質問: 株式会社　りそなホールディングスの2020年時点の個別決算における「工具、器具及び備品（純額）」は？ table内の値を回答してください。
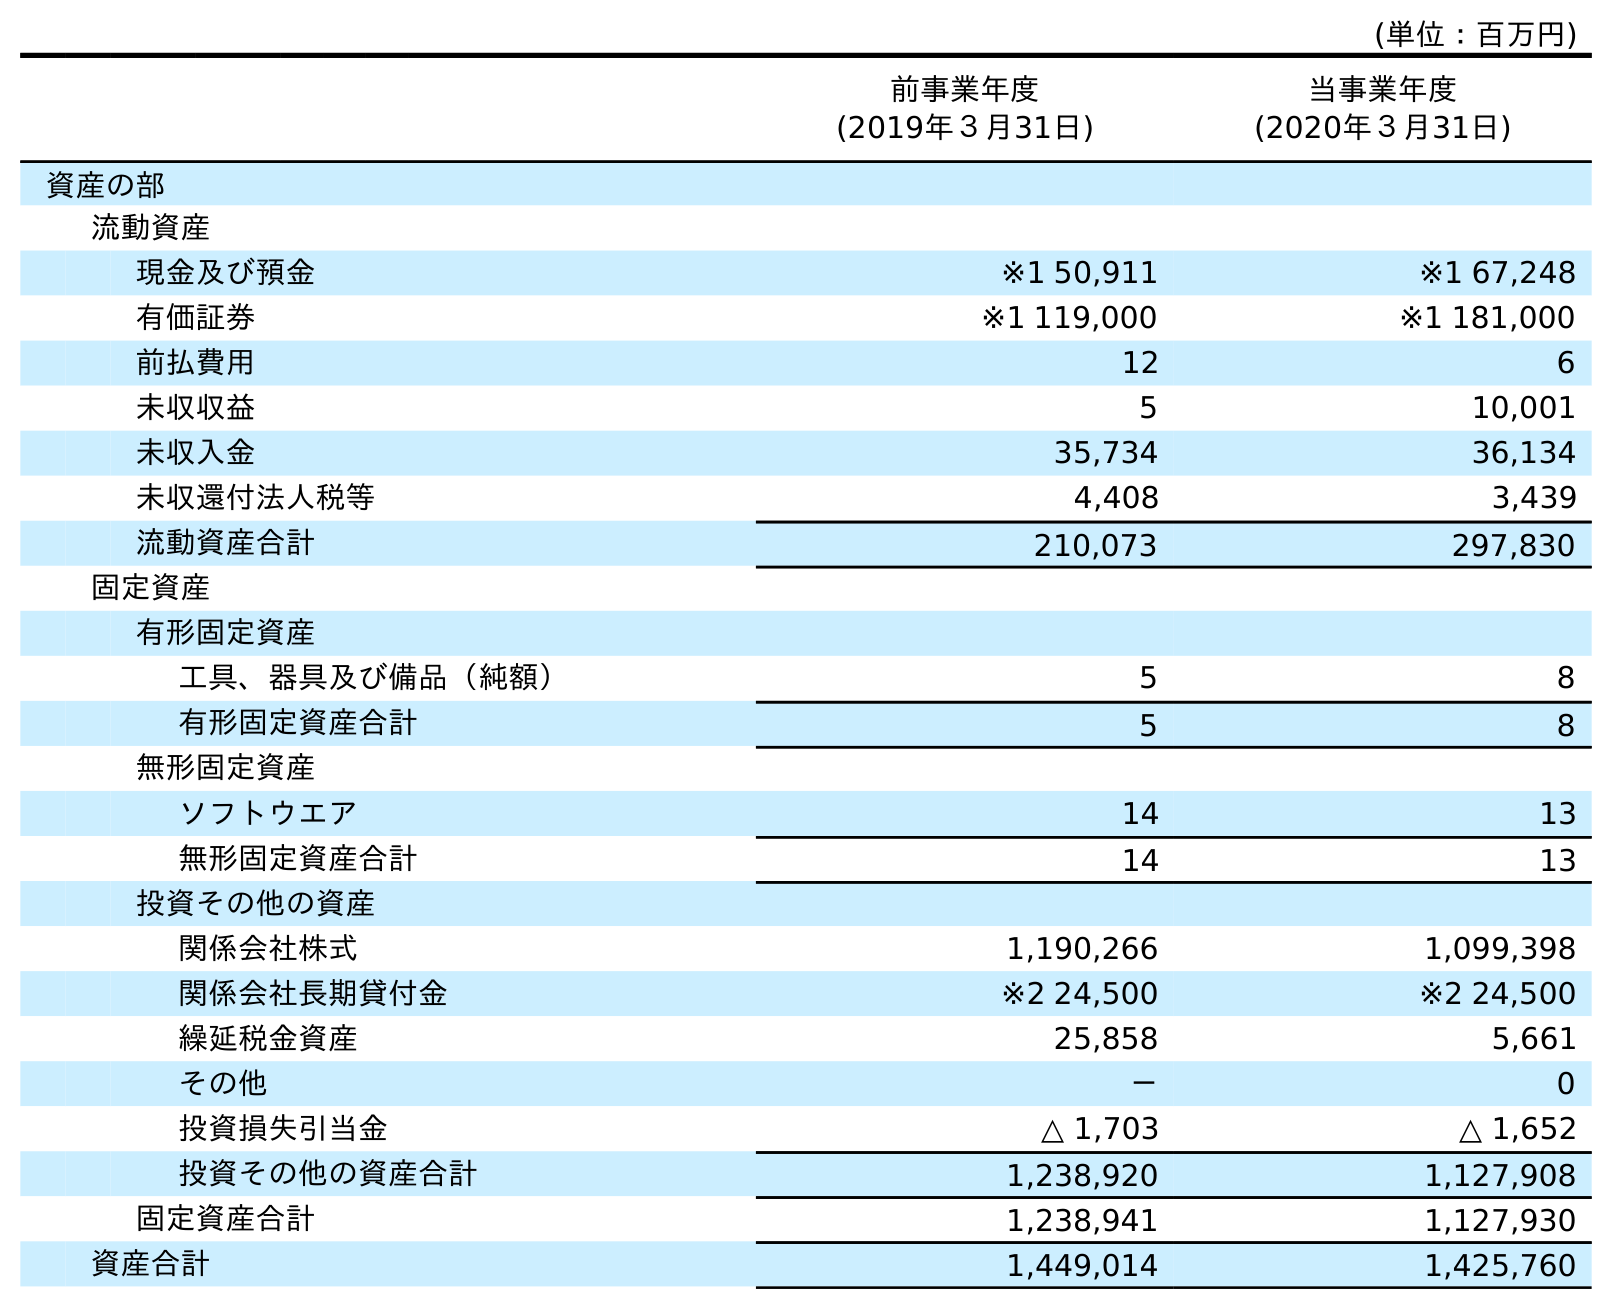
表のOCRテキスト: (単位：百万円) 前事業年度 (2019年３月31日) 当事業年度 (2020年３月31日) 資産の部 流動資産 現金及び預金 ※1 50,911 ※1 67,248 有価証券 ※1 119,000 ※1 181,000 前払費用 12 6 未収収益 5 10,001 未収入金 35,734 36,134 未収還付法人税等 4,408 3,439 流動資産合計 210,073 297,830 固定資産 有形固定資産 工具、器具及び備品（純額） 5 8 有形固定資産合計 5 8 無形固定資産 ソフトウエア 14 13 無形固定資産合計 14 13 投資その他の資産 関係会社株式 1,190,266 1,099,398 関係会社長期貸付金 ※2 24,500 ※2 24,500 繰延税金資産 25,858 5,661 その他 － 0 投資損失引当金 △ 1,703 △ 1,652 投資その他の資産合計 1,238,920 1,127,908 固定資産合計 1,238,941 1,127,930 資産合計 1,449,014 1,425,760
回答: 8